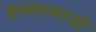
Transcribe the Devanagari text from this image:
इस्लामाची